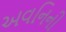
અવનિની